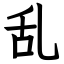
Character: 乱